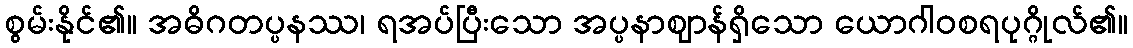
စွမ်းနိုင်၏။ အဓိဂတပ္ပနဿ၊ ရအပ်ပြီးသော အပ္ပနာဈာန်ရှိသော ယောဂါဝစရပုဂ္ဂိုလ်၏။